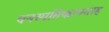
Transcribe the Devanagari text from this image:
वनस्पतिकायमाह